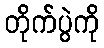
တိုက်ပွဲကို